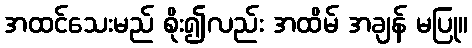
အထင်သေးမည် စိုး၍လည်း အထိမ် အချန် မပြု။